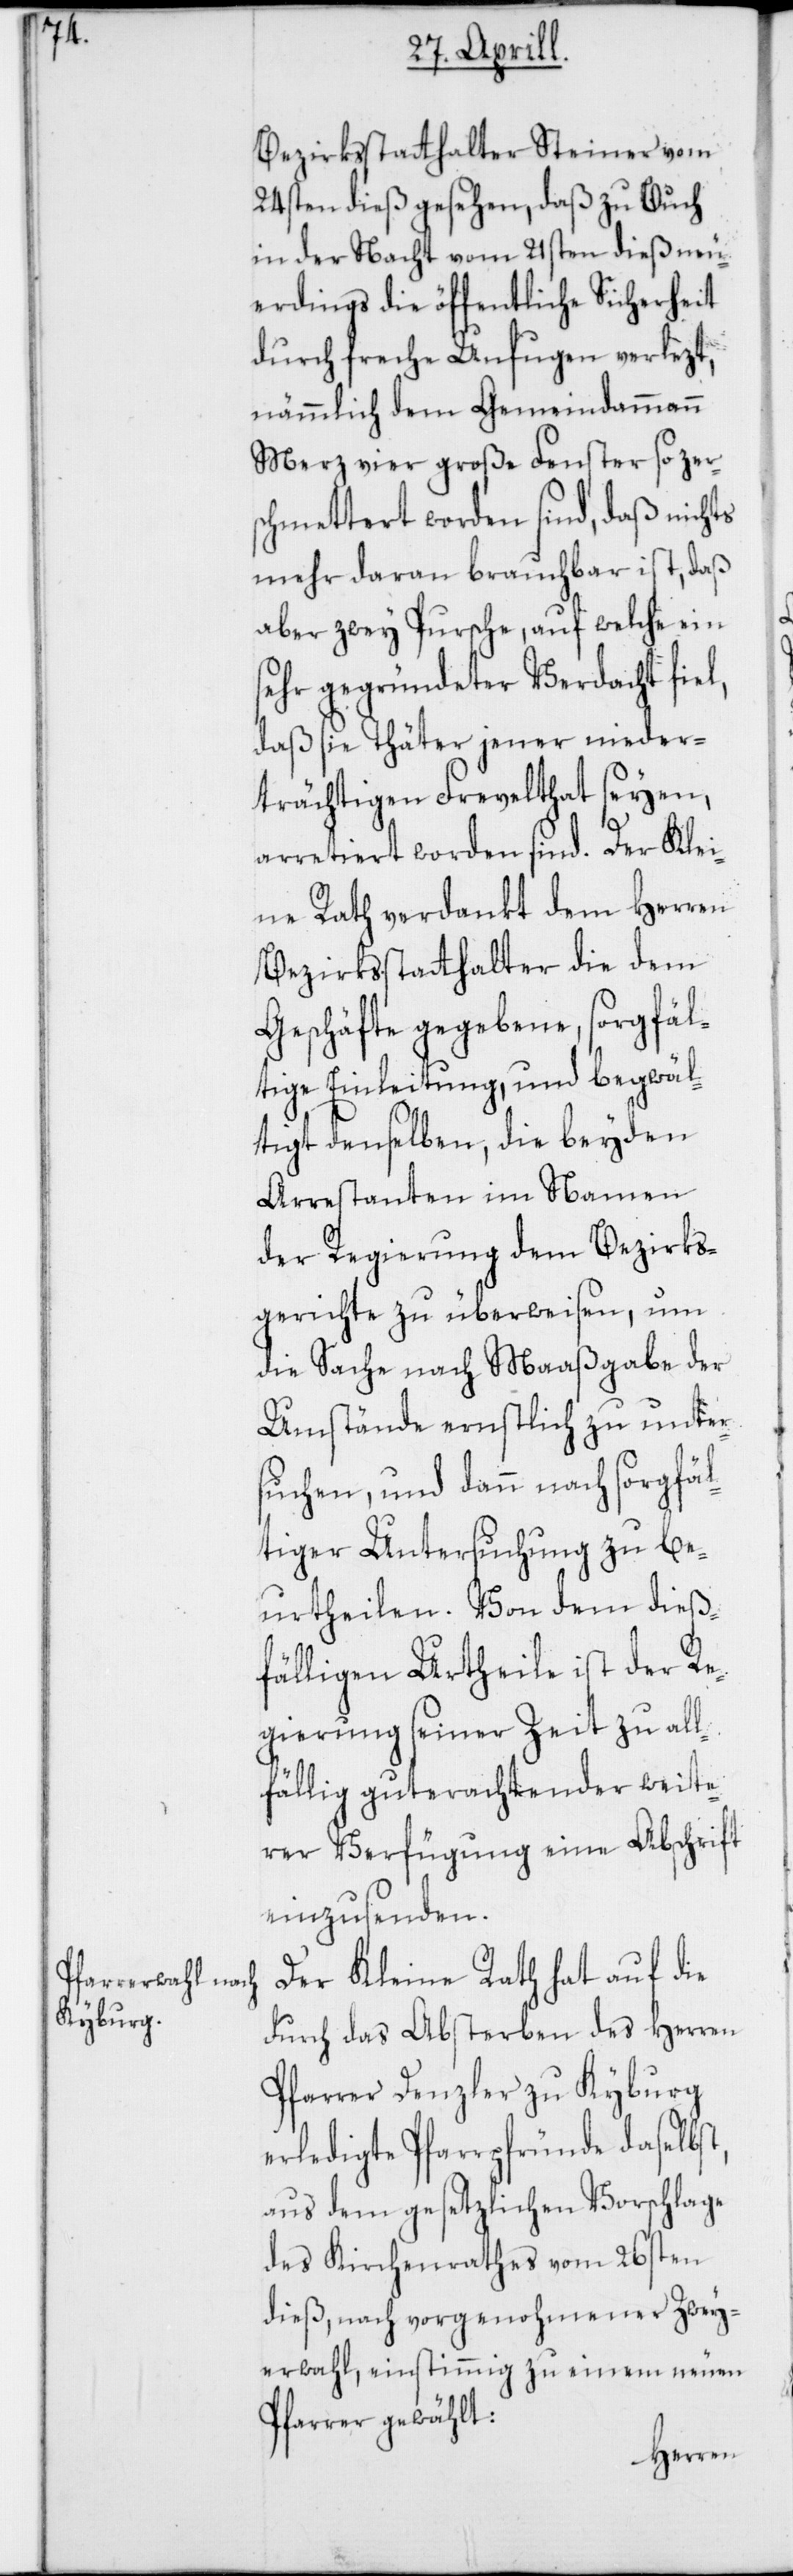
Bezirksstatthalter Steiner vom
24sten dieß gesehen, daß zu Buch
in der Nacht vom 21sten dieß neu¬
erdings die öffentliche Sicherheit
durch freche Unfugen verlezt,
nämmlich dem Gemeindammann
Merz vier große Fenster so zers¬
chmettert worden sind, daß nichts
mehr daran brauchbar ist, daß
aber zwey Pursche, auf welche ein
sehr gegründeter Verdacht fiel,
daß sie Thäter jener nieder¬
trächtigen Frevelthat seyen,
arretiert worden sind. Der Klei¬
ne Rath verdankt dem Herren
Bezirksstatthalter die dem
Geschäfte gegebene, sorgfäl¬
tige Einleitung, und begwäl¬
tigt denselben, die beyden
Arrestanten im Namen
der Regierung dem Bezirks¬
gerichte zu überweisen, um
die Sache nach Maaßgabe der
Umstände ernstlich zu unter¬
suchen, und dann nach sorgfäl¬
tiger Untersuchung zu be¬
urtheilen. Von dem dieß¬
fälligen Urtheile ist der Re¬
gierung seiner Zeit zu all¬
fällig guterachtender weite¬
rer Verfügung eine Abschrift
einzusenden.
Der Kleine Rath hat auf die
durch das Absterben des Herren
Pfarrer Denzler zu Kyburg
erledigte Pfarrpfründe daselbst,
aus dem gesetzlichen Vorschlage
des Kirchenrathes vom 26sten
dieß, nach vorgenohmener Zwey¬
erwahl, einstimmig zu einem neuen
Pfarrer gewählt: